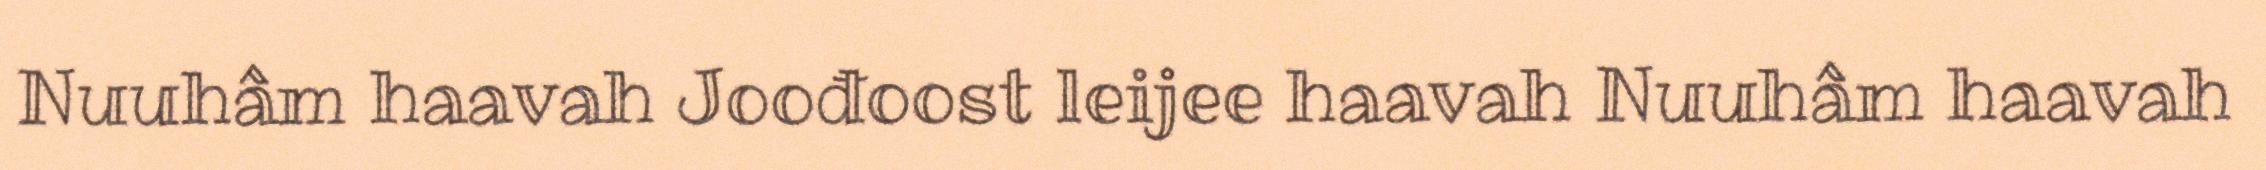
Nuuhâm haavah Joođoost leijee haavah Nuuhâm haavah